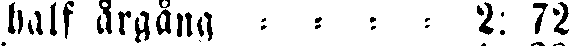
half årgång : : : : 2: 72.